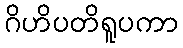
ဂိဟိပတိရူပကာ